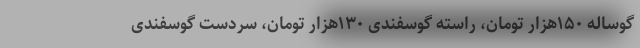
گوساله ۱۵۰هزار تومان، راسته گوسفندی ۱۳۰هزار تومان، سردست گوسفندی